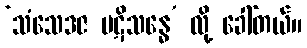
‘သံသေဒဇ ပဋိသန္ဓေ’ လို့ ခေါ်တယ်။